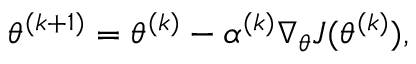
\theta ^ { ( k + 1 ) } = \theta ^ { ( k ) } - \alpha ^ { ( k ) } \nabla _ { \theta } J ( \theta ^ { ( k ) } ) ,